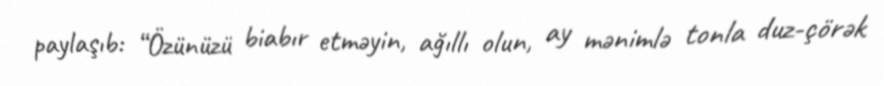
paylaşıb: “Özünüzü biabır etməyin, ağıllı olun, ay mənimlə tonla duz-çörək